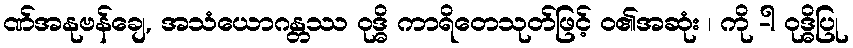
ဏ်အနုဗန်ချေ, အသံယောဂန္တဿ ဝုဒ္ဓိ ကာရိတေသုတ်ဖြင့် ဝ၏အဆုံး ၊ ကို -ါ ဝုဒ္ဓိပြု